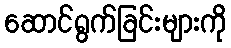
ဆောင်ရွက်ခြင်းများကို